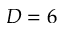
D = 6